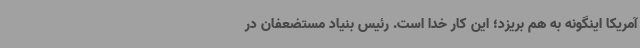
آمریکا اینگونه به هم بریزد؛ این کار خدا است. رئیس بنیاد مستضعفان در